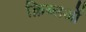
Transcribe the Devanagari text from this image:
क़िब्लओं